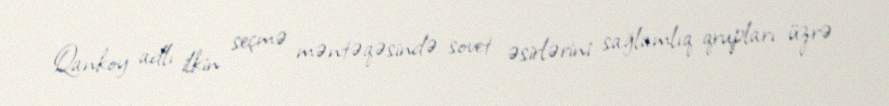
Qankoy adlı ilkin seçmə məntəqəsində sovet əsirlərini sağlamlıq qrupları üzrə